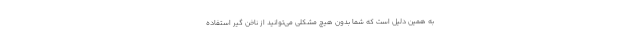
به همین دلیل است که شما بدون هیچ مشکلی می‌توانید از ناخن گیر استفاده